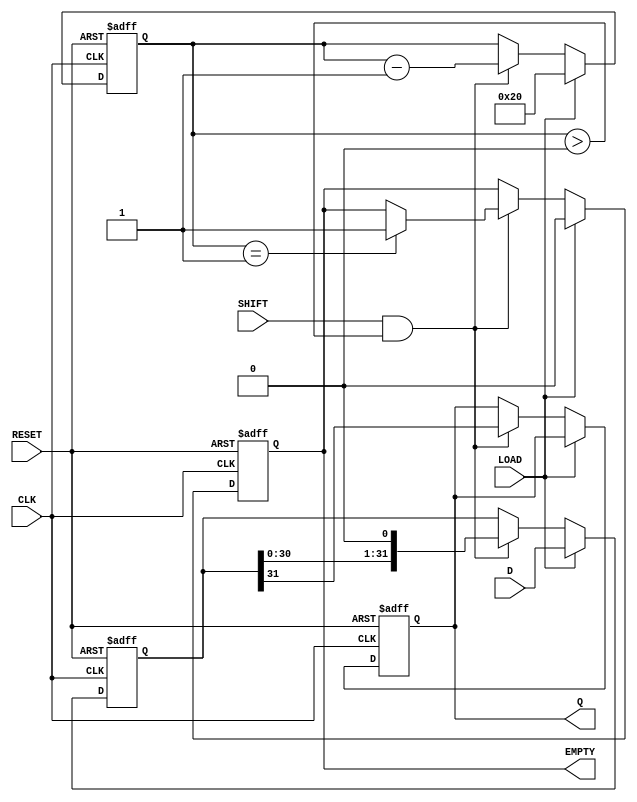
module PISO_Register (
    input  wire [31:0] D,      // 32-bit data input
    input  wire LOAD,          // Load control signal
    input  wire SHIFT,         // Shift control signal
    input  wire CLK,           // Clock signal
    input  wire RESET,         // Asynchronous reset
    output reg  Q,             // Serial output
    output reg  EMPTY          // Empty signal
);

    reg [31:0] shift_reg;      // Internal storage for the data
    reg [5:0] count;           // Counter to track number of bits shifted out

    // Asynchronous reset
    always @(posedge CLK or posedge RESET) begin
        if (RESET) begin
            shift_reg <= 32'b0; // Clear the shift register
            Q <= 1'b0;          // Clear the serial output
            count <= 6'b0;      // Reset the counter
            EMPTY <= 1'b1;      // Register is empty
        end else begin
            if (LOAD) begin
                shift_reg <= D;  // Load the data into the shift register
                count <= 6'd32;  // Set count to 32 since we have 32 bits to shift out
                EMPTY <= 1'b0;   // Register is not empty
            end else if (SHIFT && count > 0) begin
                Q <= shift_reg[31]; // Output the MSB
                shift_reg <= {shift_reg[30:0], 1'b0}; // Shift left and fill LSB with 0
                count <= count - 1; // Decrement the count
                if (count == 1) begin
                    EMPTY <= 1'b1; // Set EMPTY when all bits are shifted out
                end
            end
        end
    end

endmodule